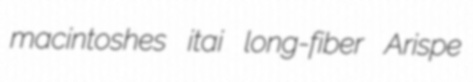
macintoshes itai long-fiber Arispe